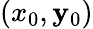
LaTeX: (x_{0},\mathbf{y}_{0})